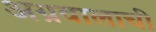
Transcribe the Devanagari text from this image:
अग्रवालाची